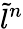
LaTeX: \tilde{l}^{n}